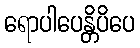
ရောပါပေန္တိပိပေ